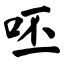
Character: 呸